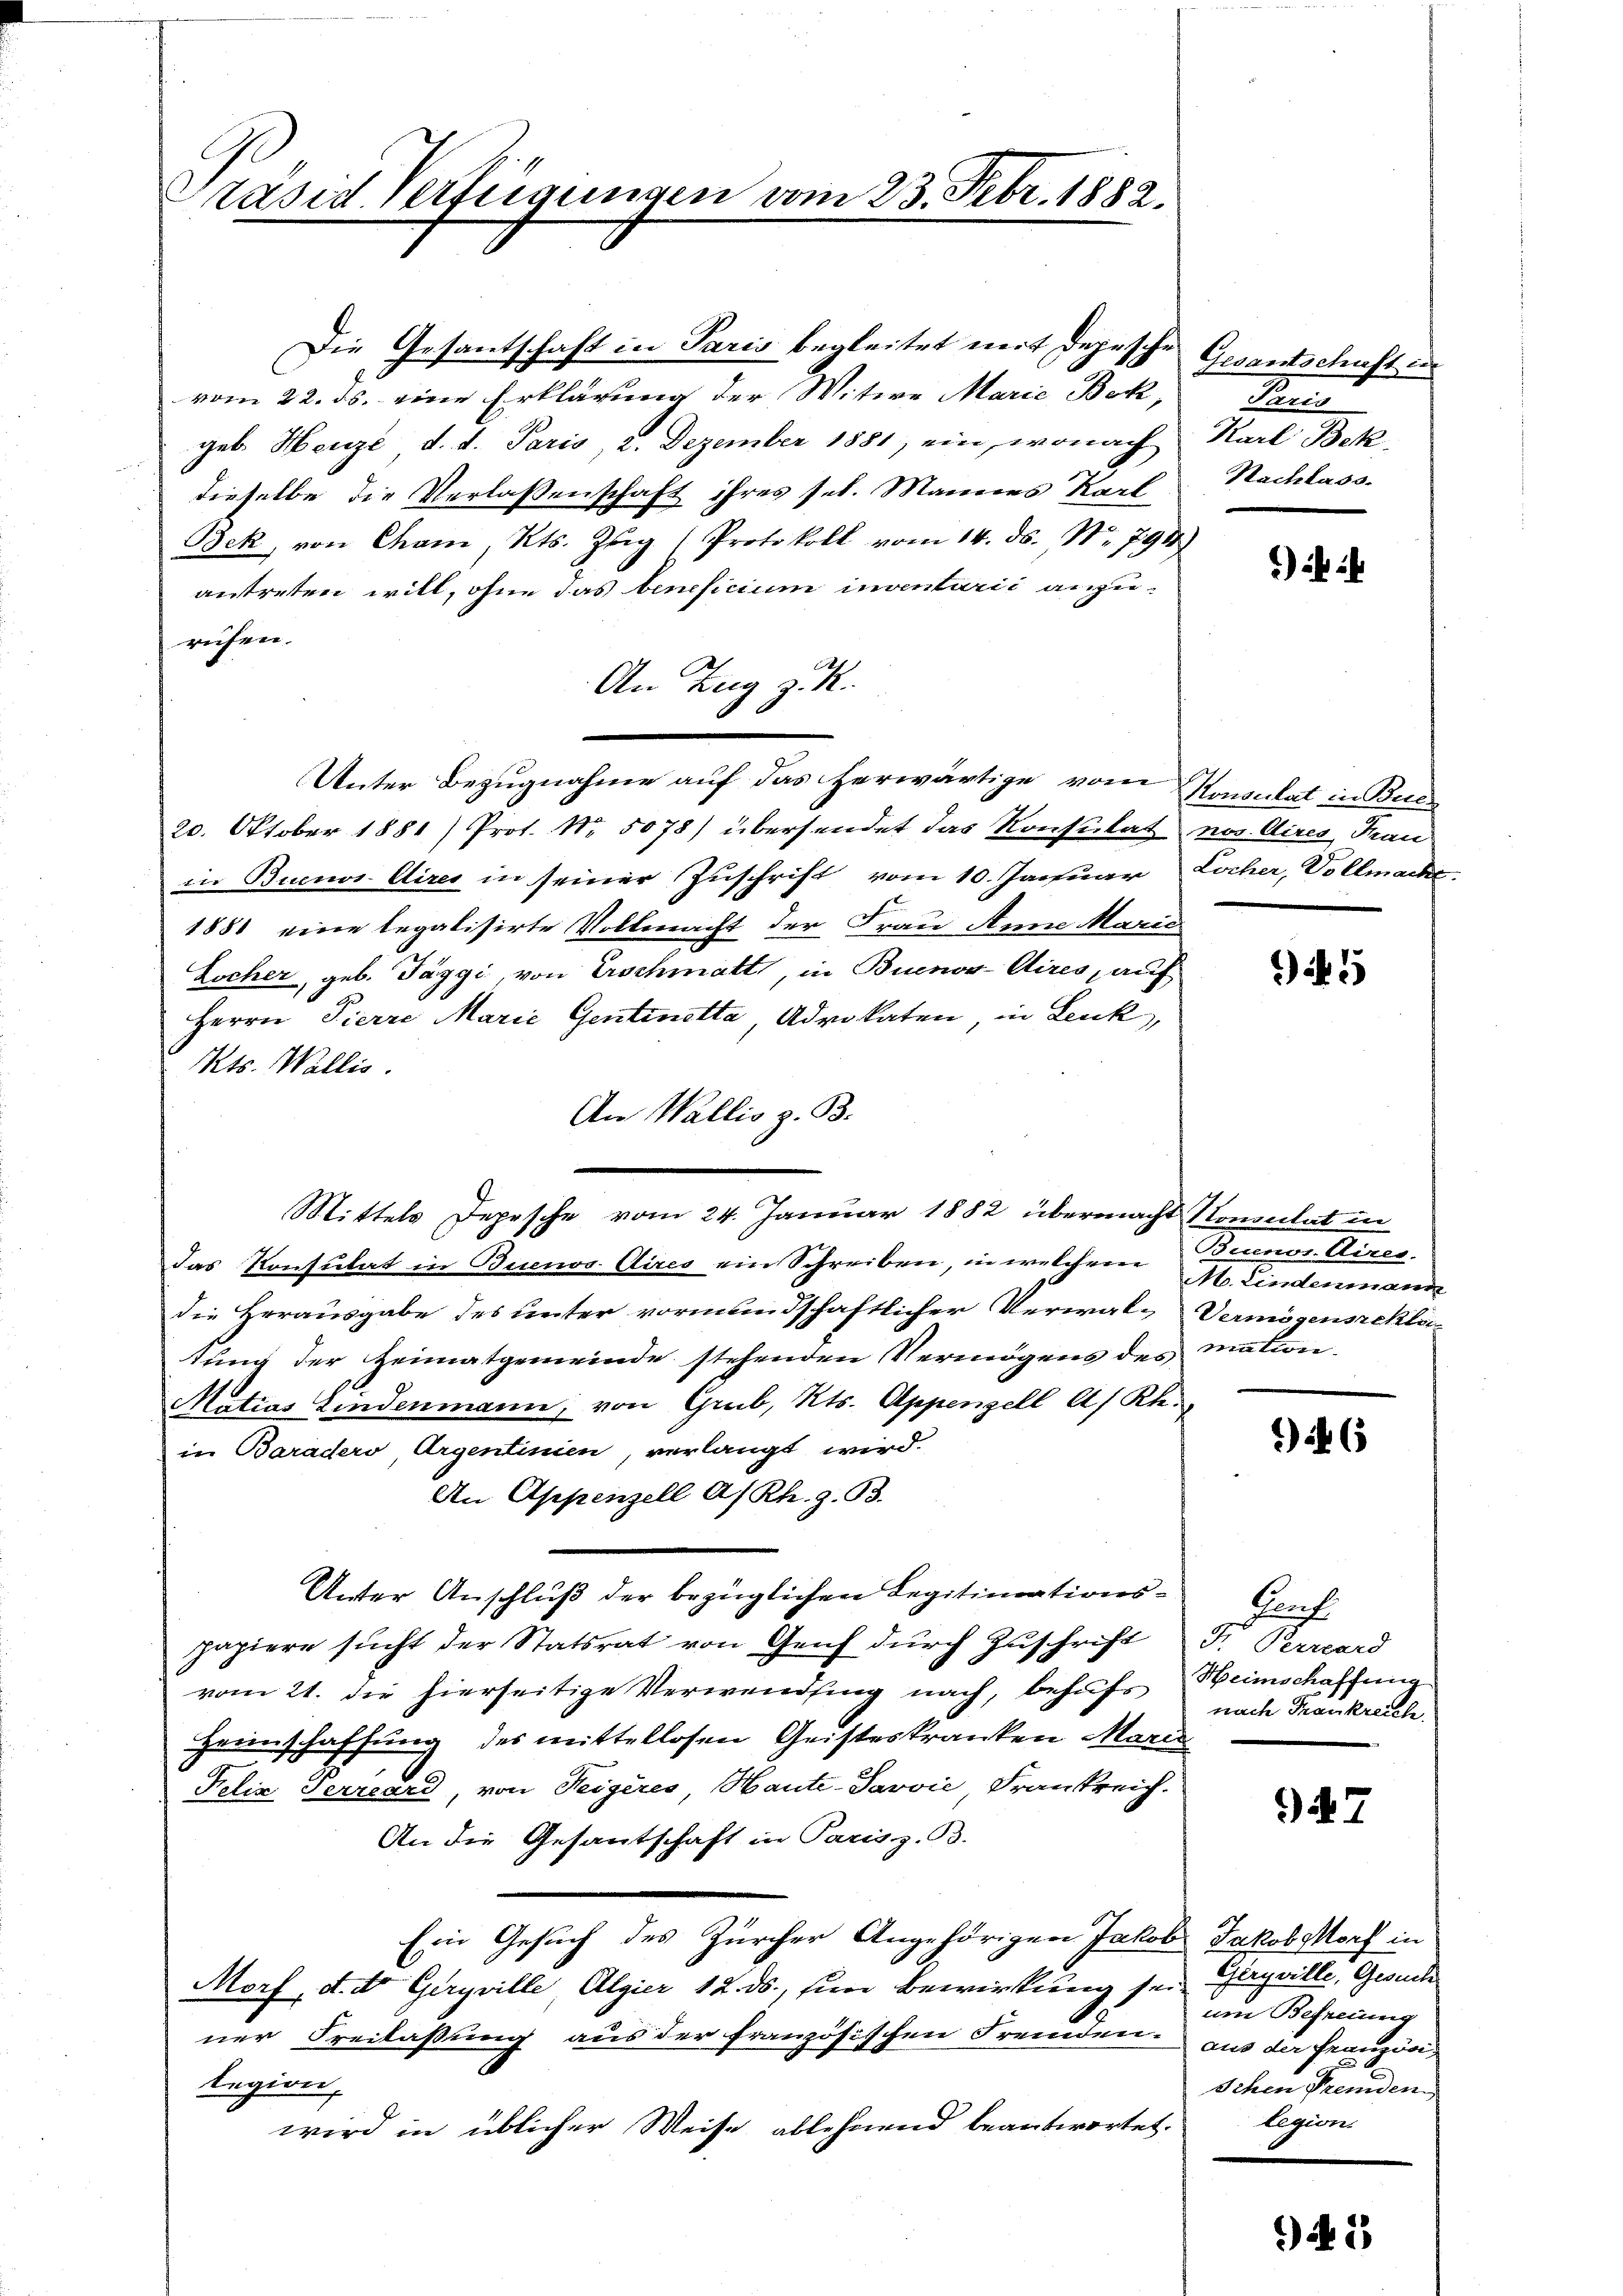
Präsid Verfügungen vom 23. Febr. 1882.

e

Die Gesantschaft in Paris begleitet mit Depesche Gesantschaft in
vom 22. ds. eine Erklärung der Witwe Marie Bek,
geb. Heuze d. d. Paris 2. Dezember 1881, ein, wonach Karl Bek
dieselbe die Verlassenschaft ihres sel. Mannes Karl
Bek, von Cham, Kts. Zŭg (Protokoll vom 14. ds. Nr. 794)
antreten will, ohne das beneficium inventarii anzurufen.
An Zug z. R.
Unter Bezugnahme auf das herwärtige vom Konsulat in Buc¬
20. Oktober 1881) Prot. Nr. 5078) übersendet das Konsulat nos Aires Frau
in Buenos Aires in seiner Zuschrift vom 10. Januar Locher, Vollmache:
1881 eine legalisirte Vollmacht der Frau Anna Marie
Locher, geb. Täggi, von Erschmatt, in Buenos-Cires, auf
Herrn Pierre Marie Gentinetta Advokaten, in Lenk,
Kts. Wallis.
An Wallis z. B.
Mittels Depesche vom 24. Januar 1882 übermacht Konsulat in
das Konsulat in Buenos Aires ein Schreiben, in welchem
die Herausgabe des unter vormundschaftlicher Verwal- Vermögenseklic
tung der Heimatgemeinde stehenden Vermögens des mation.
Matias Findenmann, von Grub, Kts. Appenzell A/Rh.
in Baradero Argentinien, verlangt wird.
An Appenzell A/Rh. z. B.
Unter Anschluß der bezüglichen Legitimationspapiere sucht der Statsrat von Genf durch Zuschrift F. Perrard
vom 21. die hierseitige Verwendung nach, behufs Heimschaffung
Heimschaffung des mittellosen Geisteskranken Marie
Felix Terrard, von Heigères Haute-Jarvić, Frankreich-
An die Gesantschaft in Parisz. B.
Ein Gesuch des Zürcher Angehörigen Jakob Jakobsdorf in
Morf, d. d. Geryville Algier 12. ds., in Bewirkung seiner Freilassung aus der französischen Fremden aus der Französilegion,
wird in üblicher Weise ablehnend beantwortet.

Paris
Nachlass.

)

i 1

Beunos Aires.
  eine an

i 6

Buch
nach Frankreich.

34. 7

Geryville, Gesuche
um Befreiung
schen Fremden
legion.

945